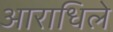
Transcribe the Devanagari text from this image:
आराधिले